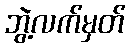
ဘွဲ့လက်မှတ်